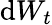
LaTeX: {\mathrm{d}}W_{t}